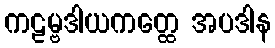
ကဠမ္ဗဒါယကတ္ထေ အပဒါန